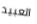
العبيد